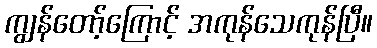
ကျွန်တော့်ကြောင့် အကုန်သေကုန်ပြီ။